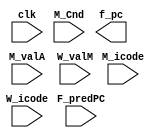
module select_PC (
    input clk,
    input [3:0] M_icode,
    input M_Cnd,
    input [63:0] M_valA,
    input [3:0] W_icode,
    input [63:0] W_valM,
    input [63:0] F_predPC,

    output reg [63:0] f_pc
);



endmodule

///////////////////////////////////////

module fetch (
    input clk,
    /* input [63:0] f_pc, */
    input [63:0] PC,

    output reg [3:0] f_icode,
    output reg [3:0] f_ifun,
    output reg [3:0] f_rA,
    output reg [3:0] f_rB,
    output reg [63:0] f_valC,
    output reg [63:0] f_valP,
    output reg f_instr_valid,
    output reg f_hlt
);

reg [79:0] instr;
reg [7:0] instru[0:15];
reg imem_error;

initial begin
    $readmemb("instr.txt",instru);
    imem_error=0;
    if(PC>1023)
    begin
        imem_error=1;
    end
    instr={instru[PC + 2], instru[PC + 3], instru[PC + 4], instru[PC + 5], instru[PC + 6], instru[PC + 7], instru[PC + 8], instru[PC + 9], instru[PC + 1], instru[PC + 0]};
    
end



always @(*)
begin
    f_icode=instr[7:4];
    f_ifun=instr[3:0];
    f_valP=0;
    f_hlt = 1;
    f_instr_valid=1;
    case (f_icode)
        0:begin //halt
            f_valP = PC + 1;
            f_hlt = 1;
        end

        1: begin //nop
            f_valP = PC + 1;
        end

        2: begin //cmovXX
            f_valP=PC+2;
            f_rA=instr[15:12];
            f_rB=instr[11:8];
        end

        3: begin //irmovq
            f_valP=PC+10;
            f_rA=instr[15:12];
            f_rB=instr[11:8];
            f_valC=instr[79:16];
        end

        4: begin //rmmovq
            f_valP=PC+10;
            f_rA=instr[15:12];
            f_rB=instr[11:8];
            f_valC=instr[79:16];
        end

        5: begin //mrmovq
            f_valP=PC+10;
            f_rA=instr[15:12];
            f_rB=instr[11:8];
            f_valC=instr[79:16];
        end

        6: begin //OPq
            f_valP=PC+2;
            f_rA=instr[15:12];
            f_rB=instr[11:8];
        end

        7: begin //jXX
            f_valP=PC+9;
            f_valC=instr[71:8];
        end

        8: begin //call
            f_valP=PC+9;
            f_valC=instr[71:8];
        end

        9: begin //ret
            f_valP=PC+1;
        end

        10: begin //pushq
            f_valP=PC+2;
            f_rA=instr[15:12];
            f_rB=instr[11:8];
        end

        11: begin //popq
            f_valP=PC+2;
            f_rA=instr[15:12];
            f_rB=instr[11:8];
        end

        default: begin
            f_instr_valid = 0;
        end
    endcase

    if(f_instr_valid==0)
    begin
        f_valP=PC+1;
    end
end

endmodule



module predict_PC (
    input clk, // is this needed?
    input [3:0] f_icode,
    input [63:0] f_valC,
    input [63:0] f_valP,

    output reg [63:0] f_predPC
);

always @ (posedge clk) // not sure what comes in ()
begin
    if (f_icode == 0111 || f_icode == 1000)
    begin
        f_predPC = f_valC;
    end
    else if (f_icode == 1001)
    begin
        f_predPC = f_valP; // what??
        /* f_predPC = f_valP; // is this correct? */
    end
    else
    begin
        f_predPC = f_valP;
    end
end

endmodule